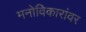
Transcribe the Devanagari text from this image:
मनोविकारांवर